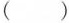
()